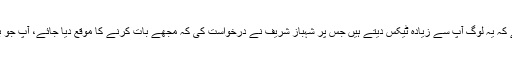
چیف جسٹس نے ریمارکس دیے کہ یہ لوگ آپ سے زیادہ ٹیکس دیتے ہیں جس پر شہباز شریف نے درخواست کی کہ مجھے بات کرنے کا موقع دیا جائے، آپ جو بھی رولنگ دیں گے قبول ہوگی۔